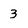
Character: 3